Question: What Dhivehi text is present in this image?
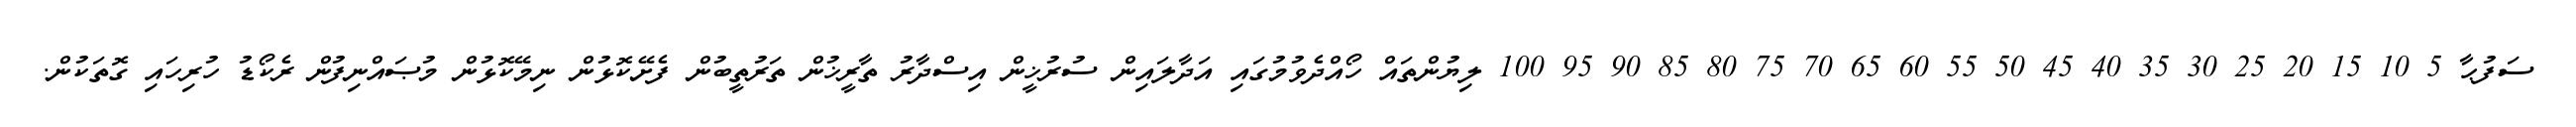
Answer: ސަފުޙާ 5 10 15 20 25 30 35 40 45 50 55 60 65 70 75 80 85 90 95 100 ލިޔުންތައް ހޯއްދެވުމުގައި އަދާލައިން ސުރުޚީން އިސްދާރު ތާރީޚުން ތަރުތީބުން ފެށޭކޮޅުން ނިމޭކޮޅުން މުޞައްނިފުން ރެކޯޑު ހުރިހައި ގޮތަކުން.